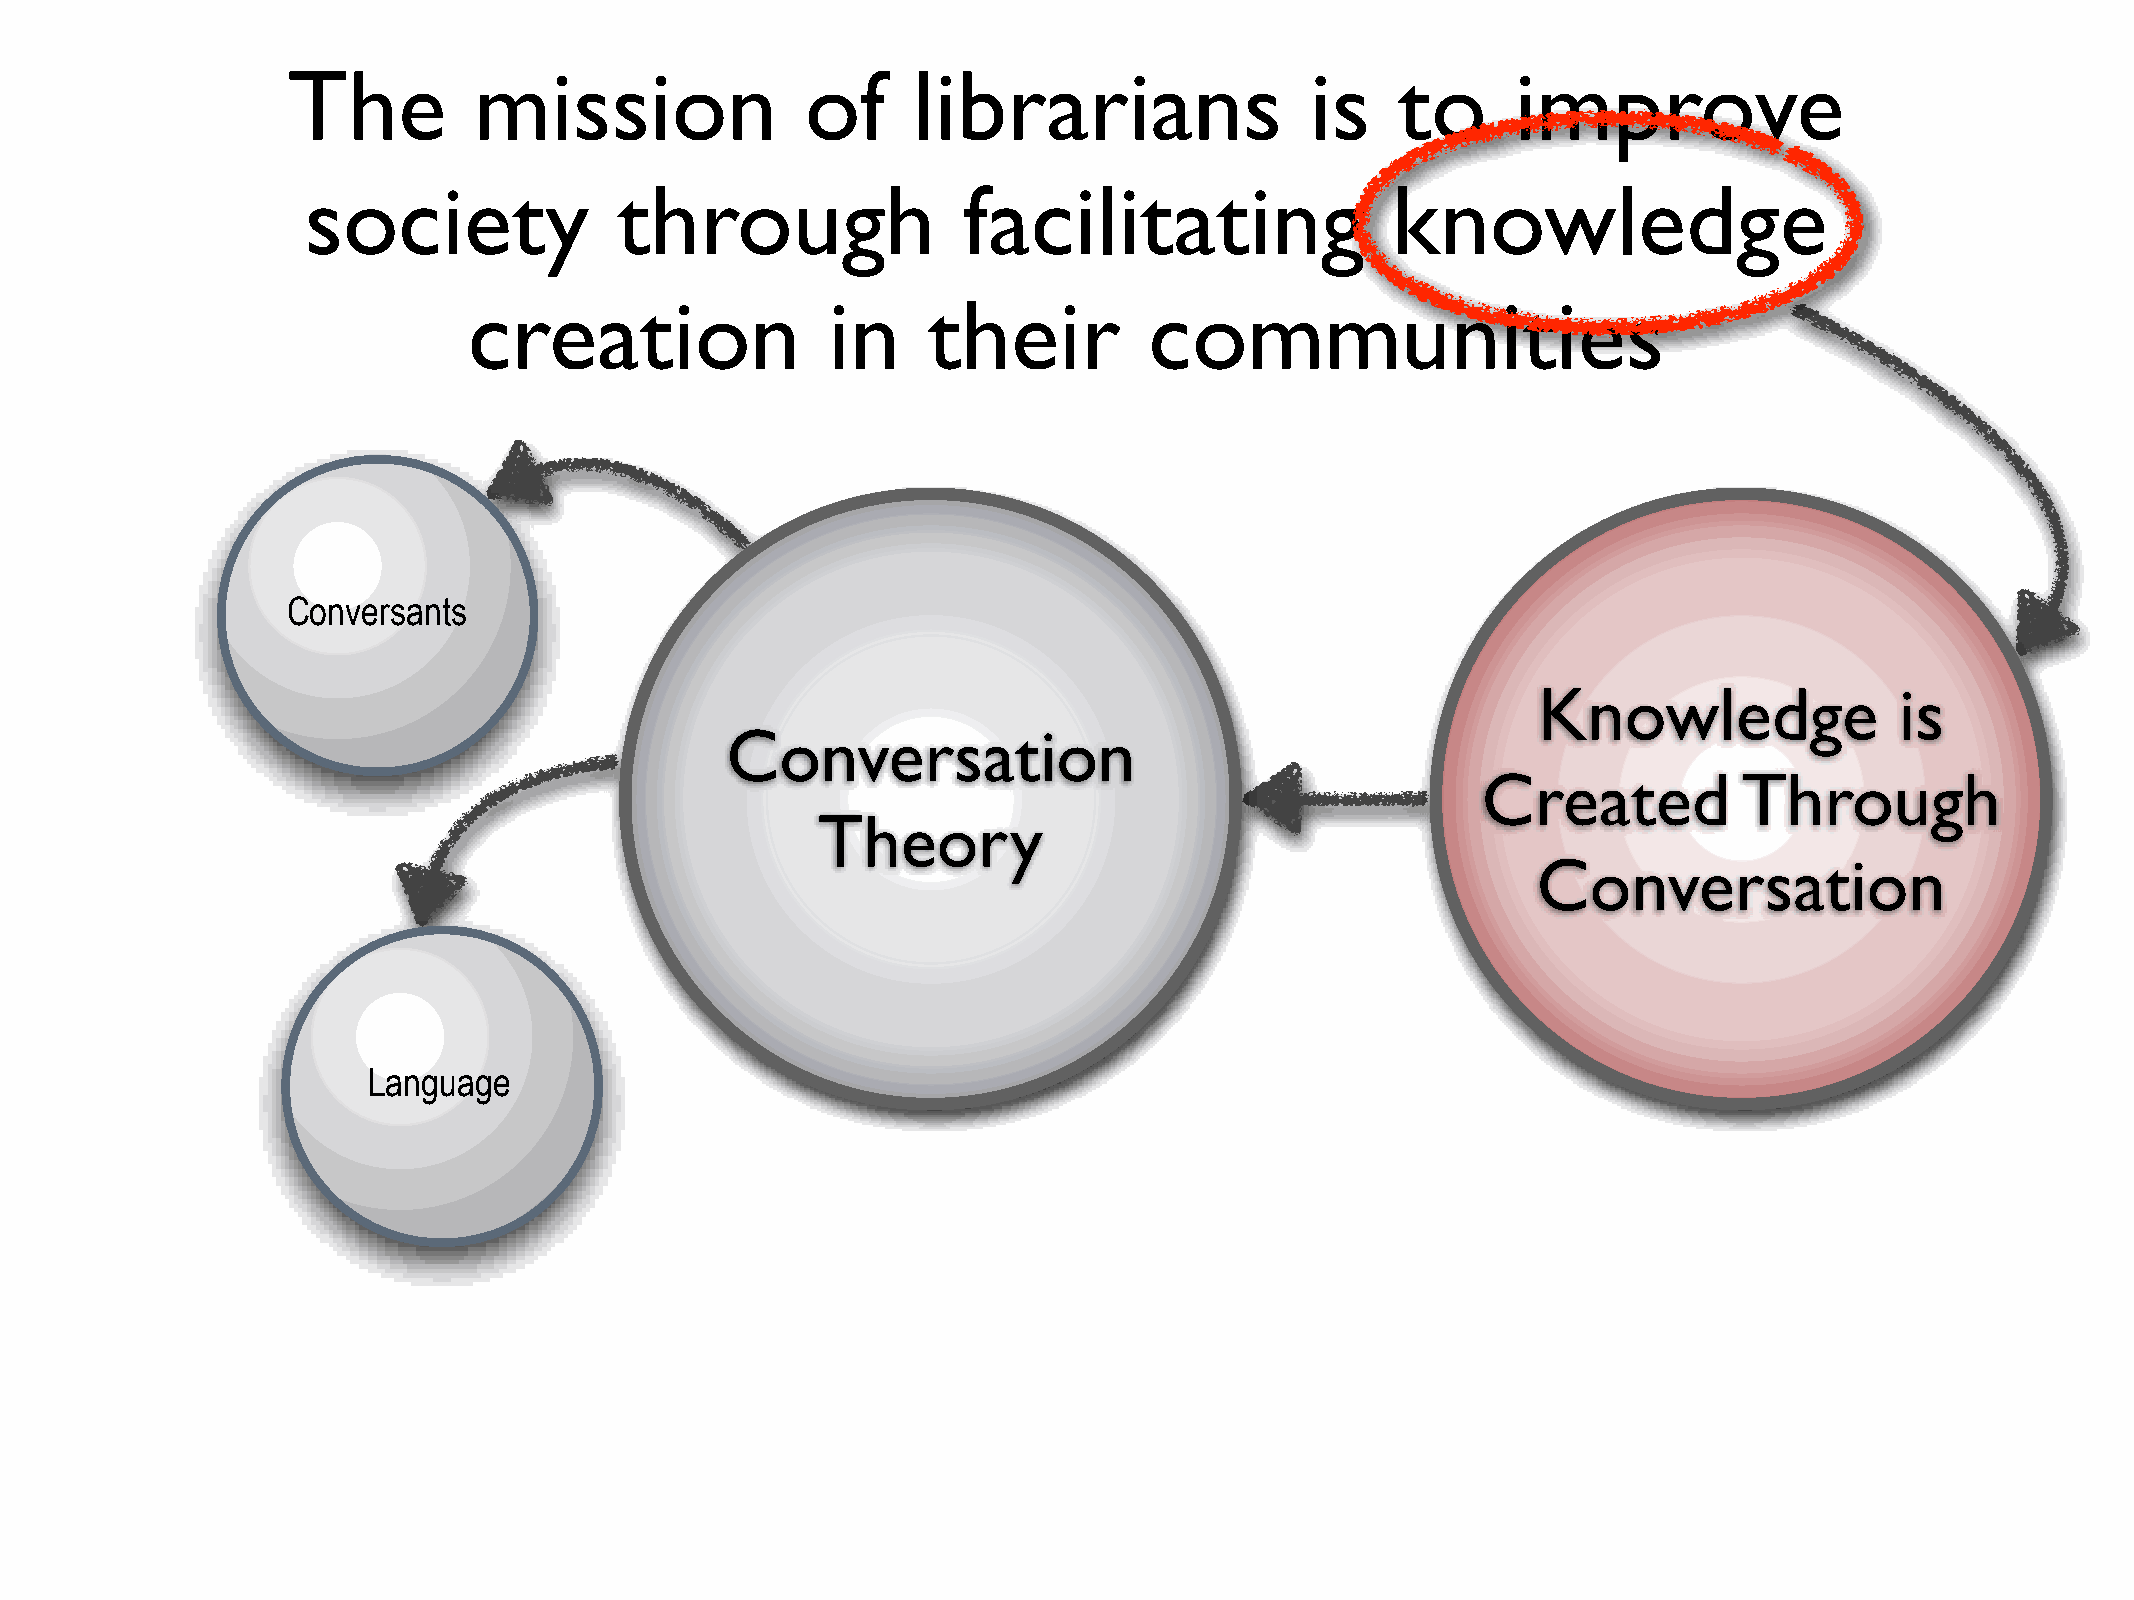
The         mission               of     librarians                 is    to     improve
 society              through                facilitating                knowledge
 creation                in    their          communities
 Conversants
 Knowledge               is
 Conversation
 Created          Through
 Theory
 Conversation
 Language